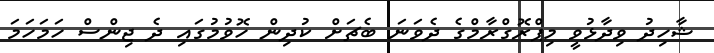
ޝާހިދު ވިދާޅުވީ މިޕްރޮގްރާމްގެ ދެވަނަ ބެޗަށް ކުދިން ހޮވުމުގައި ދެ ޖިންސް ހަމަހަމަ